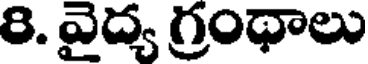
8. వైద్య గ్రంథాలు